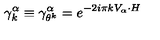
\gamma _ { k } ^ { \alpha } \equiv \gamma _ { \theta ^ { k } } ^ { \alpha } = e ^ { - 2 i \pi k V _ { \alpha } \cdot H }